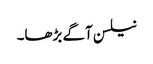
نیلسن آگے بڑھا۔